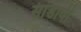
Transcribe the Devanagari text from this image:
सांडावी